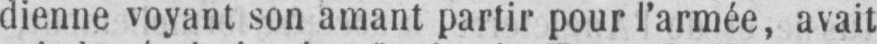
dienne voyant son amant partir pour l’armée, avait